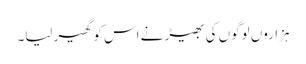
ہزاروں لوگوں کی بھیڑ نے اس کو گھیر لیا۔